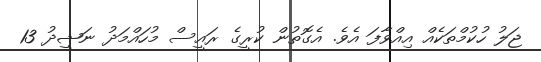
ޖަލު ހުކުމްތަކެއް އިއްވާފަ އެވެ. އެގޮތުން ކުރީގެ ރައީސް މުހައްމަދު ނަޝީދު 13